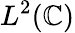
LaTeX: L^{2}(\mathbb{C})